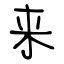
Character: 来